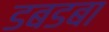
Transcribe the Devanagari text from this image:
डबडबा